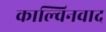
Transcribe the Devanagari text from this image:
काल्विनवाद